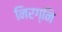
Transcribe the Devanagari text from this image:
निरग्नि